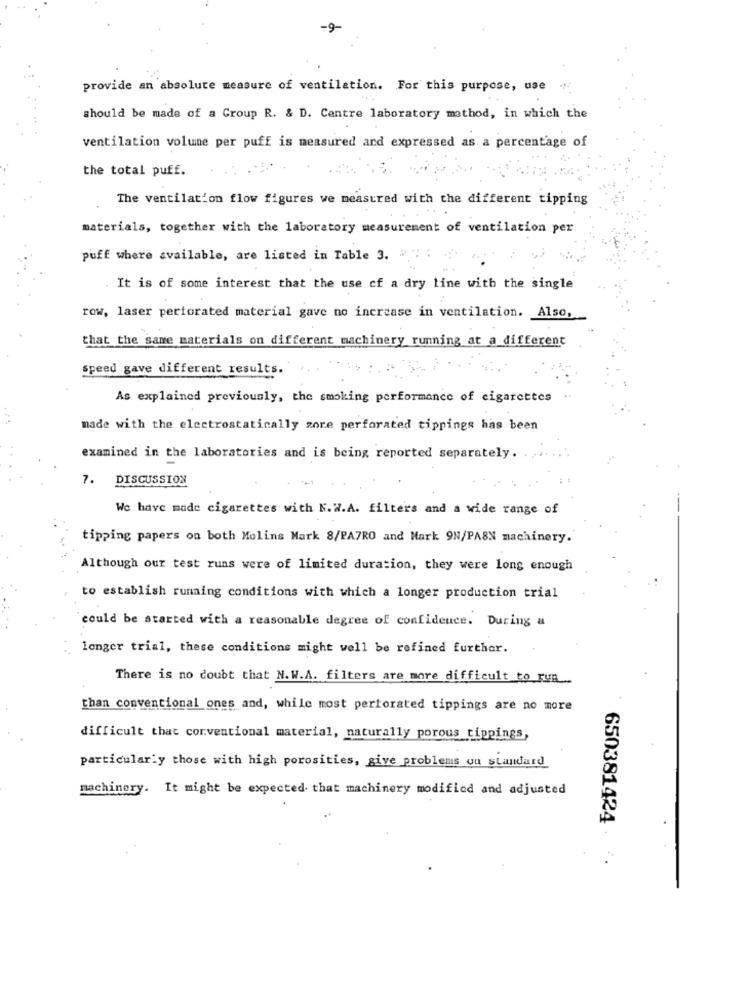
-9-
provide an absolute measure of ventilation. For this purpose, use .
should be made of a Group R. & D. Centre laboratory method, in which the
ventilation volume per puff is measured and expressed as. a percentage of
the total puff.
The ventilation flow figures we measured with the different tipping
materials, together with the laboratory measurement of ventilation per
puff where available, are listed in Table 3.
It is of some interest that the use of a dry line with the single
row, laser perforated material gave no increase in ventilation. Also,
that the same materials on different machinery running at a different
speed gave different results.
As explained previously, the smoking performance of cigarettes
made with the electrostatically zone perforated tippings has been
examined in the laboratories and is being reported separately.
7. DISCUSSION
We have made cigarettes with N. W.A. filters and a wide range of
tipping papers on both Molins Mark 8/PA7RO and Mark 9N/PA8N machinery.
Although our test runs were of limited duration, they were long enough
to establish running conditions with which a longer production trial
could be started with a reasonable degree of confidence. During a
longer trial, these conditions might well be refined further.
There is no doubt that N.W.A. filters are more difficult to run ..
than conventional ones and, while most perforated tippings are no more
difficult that conventional material, naturally porous tippings,
particularly those with high porosities, give problems ou standard
machinery. It might be expected that machinery modified and adjusted
650381424